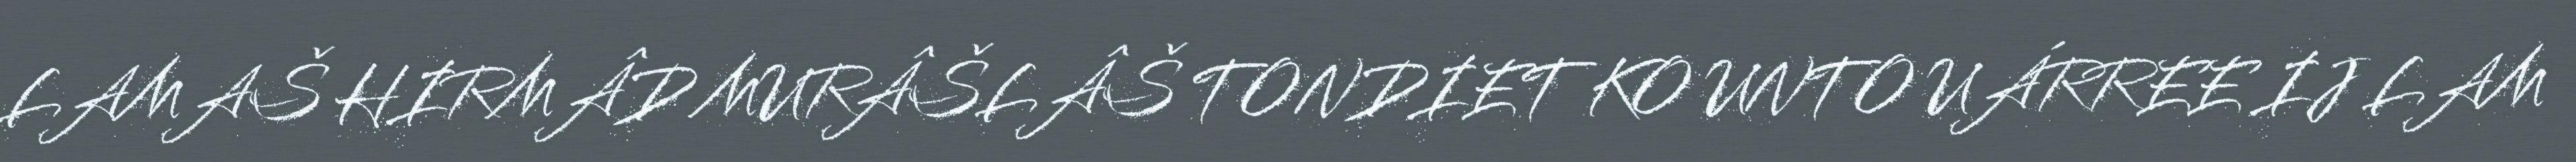
LAMAŠ HIRMÂD MURÂŠLÂŠ TONDIET KO UNTO UÁRREE IJ LAM